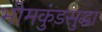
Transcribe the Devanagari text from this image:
भीमकुंडसुद्धा